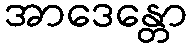
အာဒေန္တော